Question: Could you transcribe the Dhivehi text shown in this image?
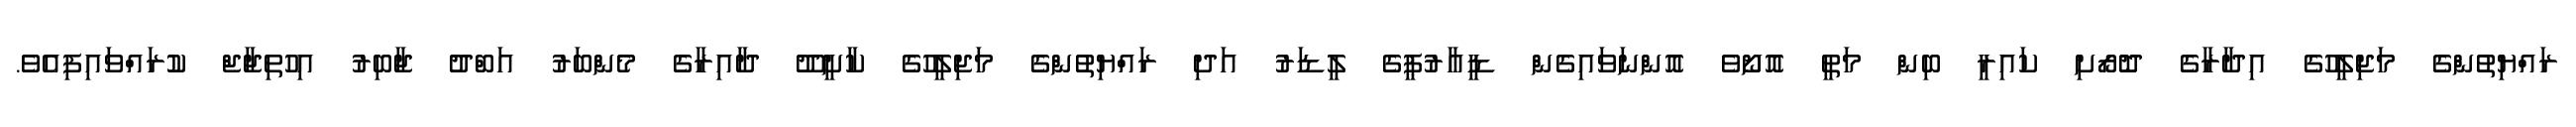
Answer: ރައްޔިތުންގެ މަޖިލީހުގެ އިދާރާގެ ދޮރޯށި ކައިރީ ބިން މަތީ އޮށޯވެ އޮންނަވައިގެން ޑީއާރުޕީގެ ލީޑަރު އަދި ރައްޔިތުންގެ މަޖިލީހުގެ ކާށީދޫ ދާއިރާގެ މެންބަރު އަބްދު ޖާބިރު އިހުތިޖާޖް ކުރައްވައިފިއެވެ.